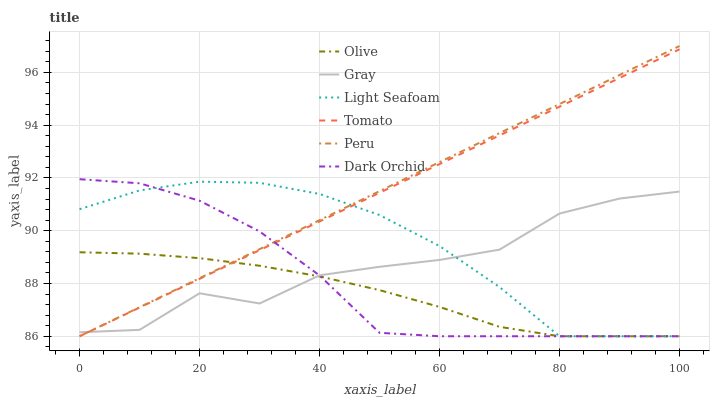
| xaxis_label | Olive | Gray | Light Seafoam | Tomato | Peru | Dark Orchid |
 | --- | --- | --- | --- | --- | --- | --- |
 | 0 | 89.2 | 86.1 | 90.8 | 86 | 86 | 92 |
 | 10 | 89.1 | 86.2 | 91.5 | 87.1 | 87.1 | 91.8 |
 | 20 | 89 | 87.6 | 91.9 | 88.2 | 88.2 | 91.1 |
 | 30 | 88.7 | 87.2 | 91.8 | 89.3 | 89.3 | 90 |
 | 40 | 88.3 | 88.3 | 91.4 | 90.3 | 90.4 | 88.3 |
 | 50 | 87.7 | 88.6 | 90.6 | 91.4 | 91.5 | 86.1 |
 | 60 | 87.1 | 88.9 | 89.4 | 92.5 | 92.6 | 86 |
 | 70 | 86.4 | 89.3 | 87.9 | 93.6 | 93.7 | 86 |
 | 80 | 86 | 90.7 | 86 | 94.7 | 94.8 | 86 |
 | 90 | 86 | 91.2 | 86 | 95.8 | 95.9 | 86 |
 | 100 | 86 | 91.5 | 86 | 96.9 | 97 | 86 |